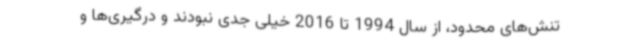
تنش‌های محدود، از سال 1994 تا 2016 خیلی جدی نبودند و درگیری‌ها و